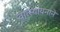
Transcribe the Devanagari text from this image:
वात्स्यायनाने